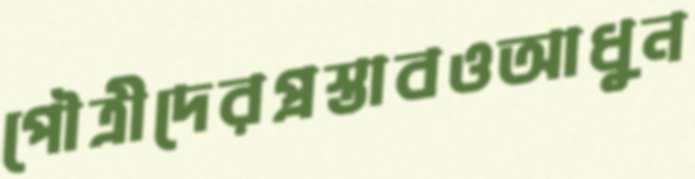
পৌত্রীদেরপ্রস্তাবওআধুন